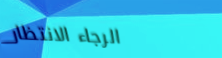
الرجاء الانتظار